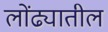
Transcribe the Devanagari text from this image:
लोंढ्यातील